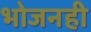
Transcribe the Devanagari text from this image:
भोजनही